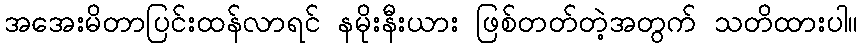
အအေးမိတာပြင်းထန်လာရင် နမိုးနီးယား ဖြစ်တတ်တဲ့အတွက် သတိထားပါ။